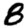
Digit: 8